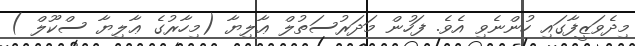
މިދެވަޒީފާގައި ހުންނެވި އެވެ. ފަހުން މަދަރުސަތުލް ޢާލިޔާ (މިހާރުގެ ޢާލިޔާ ސްކޫލް )